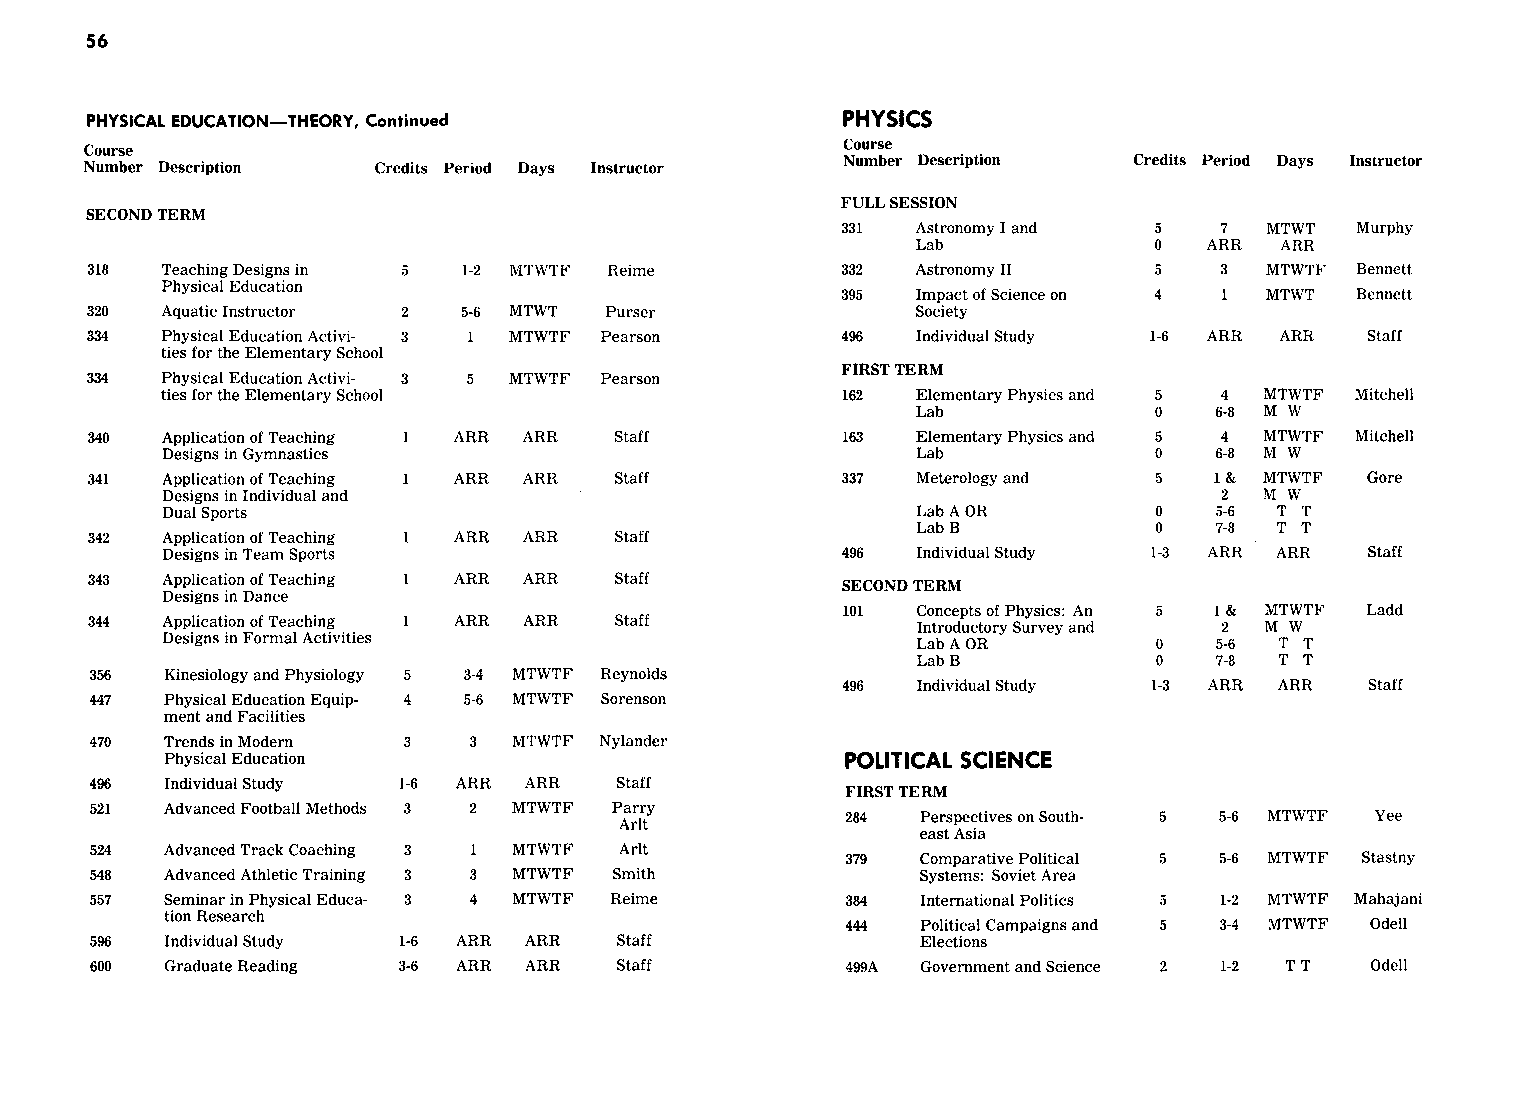
56
 PHYSICAL EDUCATION-THEORY, Continued              PHYSICS
 Course
 Course
 Number Description Credits Period Days Instructor
 Number Description Credits Period Days Instructor
 FULL SESSION
 SECOND TERM
 331  Astronomy I and 5   7  MTWT  Murphy
 Lab            0   ARR  ARR
 318  Teaching Designs in 5 1-2 MTWTF Reime        332  Astronomy II   5    3  MTWTF Bennett
 Physical Education
 395  Impact of Science on 4 MTWT  Bennett
 320  Aquatic Instructor 2 5-6 MTWT Purser              Society
 334  Physical Education Activi- 3 MTWTF Pearson   496  Individual Study 1-6 ARR ARR Staff
 ties for the Elementary School
 FIRST TERM
 334  Physical Education Activi- 3 5 MTWTF Pearson
 ties for the Elementary School               162  Elementary Physics and 5 4 MTWTF Mitchell
 Lab            0   6-8 MW
 340  Application of Teaching ARR ARR Staff        163  Elementary Physics and 5 4 MTWTF Mitchell
 Designs in Gymnastics                             Lab            0   6-8 MW
 341  Application of Teaching ARR ARR Staff        337  Meterology and 5   l&  MTWTF Gore
 Designs in Individual and                                             2  MW
 Dual Sports                                       Lab A OR       0   5-6 T T
 Lab B          0   7-8 T T
 342  Application of Teaching ARR ARR Staff
 Designs in Team Sports                       496  Individual Study 1-3 ARR ARR Staff
 343  Application of Teaching ARR ARR Staff
 SECOND TERM
 Designs in Dance
 101  Concepts of Physics: An 5 l& MTWTF Ladd
 344  Application of Teaching ARR ARR Staff             Introductory Survey and 2 MW
 Designs in Formal Activities                      Lab A OR       0   5-6  T T
 Lab B          0   7-8  T T
 356  Kinesiology and Physiology 5 3-4 MTWTF Reynolds
 496  Individual Study 1-3 ARR ARR Staff
 447  Physical Education Equip- 4 5-6 MTWTF Sorenson
 ment and Facilities
 470  Trends in Modern 3  3  MTWTF Nylander
 Physical Education                           POLITICAL SCIENCE
 496  Individual Study 1-6 ARR ARR  Staff
 FIRST TERM
 521  Advanced Football Methods 3 2 MTWTF Parry
 284  Perspectives on South- 5 5-6 MTWTF Yee
 Arlt
 east Asia
 524  Advanced Track Coaching 3 MTWTF Arlt
 379  Comparative Political 5 5-6 MTWTF Stastny
 548  Advanced Athletic Training 3 3 MTWTF Smith        Systems: Soviet Area
 557  Seminar in Physical Educa- 3 4 MTWTF Reime   384  International Politics 5 1-2 MTWTF Mahajani
 tion Research
 444  Political Campaigns and 5 3-4 MTWTF Odell
 596  Individual Study 1-6 ARR ARR  Staff               Elections
 600  Graduate Reading 3-6 ARR ARR  Staff          499A Government and Science 2 1-2 TT Odell